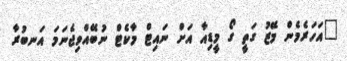
"އަހަރެމެން މޭޒު ގަތީ ގޯ މީޑިއާ އަށް ނައިޓް މާކެޓް ނުބޭއްވިޖެނަމަ އަނބުރާ